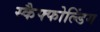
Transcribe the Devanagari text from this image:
स्कैफ्फोल्डिंग